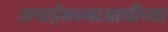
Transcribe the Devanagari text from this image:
छपाईकामाआधीच्या